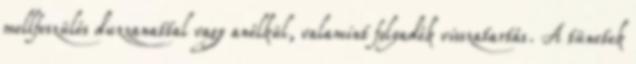
mellfeszülés duzzanattal vagy anélkül, valamint folyadék visszatartás. A tünetek